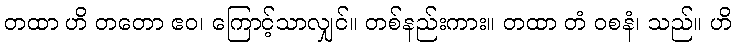
တထာ ဟိ တတော ဧဝ၊ ကြောင့်သာလျှင်။ တစ်နည်းကား။ တထာ တံ ဝစနံ၊ သည်။ ဟိ